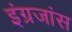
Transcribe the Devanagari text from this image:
इंग्रजांस